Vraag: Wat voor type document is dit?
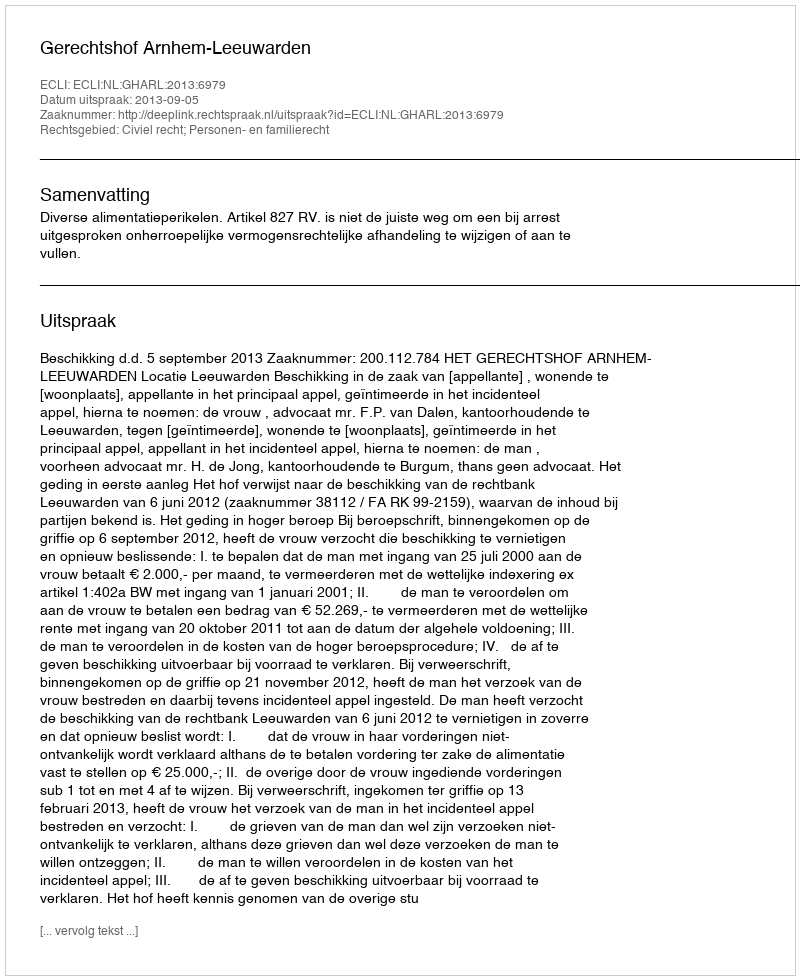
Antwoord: Uitspraak